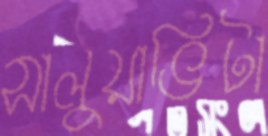
সালুয়াভিটা